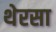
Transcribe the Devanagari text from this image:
थेरसा